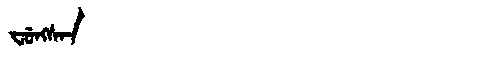
Manchu: ᠸᡠᠩᠰᠠᠨ
Romanization: FUNGSAN